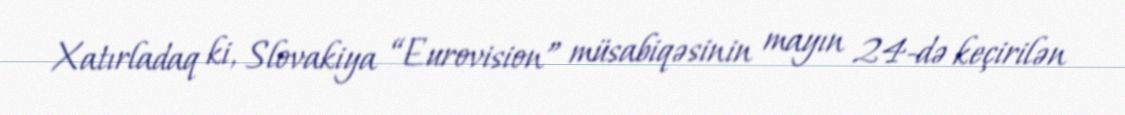
Xatırladaq ki, Slovakiya “Eurovision” müsabiqəsinin mayın 24-də keçirilən